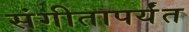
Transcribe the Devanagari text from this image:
संगीतापर्यंत